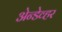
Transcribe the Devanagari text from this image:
अेन्डेव्हर